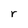
Character: r